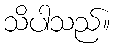
သိပါသည်။